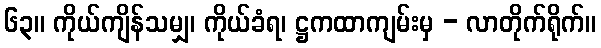
၆၃။ ကိုယ်ကျိန်သမျှ၊ ကိုယ်ခံရ၊ ဋ္ဌကထာကျမ်းမှ - လာတိုက်ရိုက်။